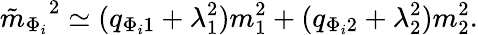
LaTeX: {\tilde{m}_{\Phi_{i}}}^{2}\simeq(q_{\Phi_{i}1}+\lambda_{1}^{2})m_{1}^{2}+(q_{\Phi_{i}2}+\lambda_{2}^{2})m_{2}^{2}.